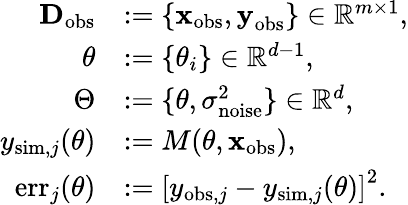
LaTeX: \begin{array}{rl}{\textbf{D}_{\mathrm{obs}}}&{:=\{ \textbf{x}_{\mathrm{obs}},\textbf{y}_{\mathrm{obs}}\} \in\mathbb{R}^{m\times 1},}\\ {\theta}&{:=\{ \theta_{i}\} \in\mathbb{R}^{d-1},}\\ {\Theta}&{:=\{ \theta,\sigma_{\mathrm{noise}}^{2}\} \in\mathbb{R}^{d},}\\ {y_{\mathrm{sim},j}(\theta)}&{:=M(\theta,\textbf{x}_{\mathrm{obs}}),}\\ {\mathrm{err}_{j}(\theta)}&{:=\left[y_{\mathrm{obs},j}-y_{\mathrm{sim},j}(\theta)\right]^{2}.}\end{array}